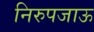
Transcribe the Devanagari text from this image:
निरुपजाऊ